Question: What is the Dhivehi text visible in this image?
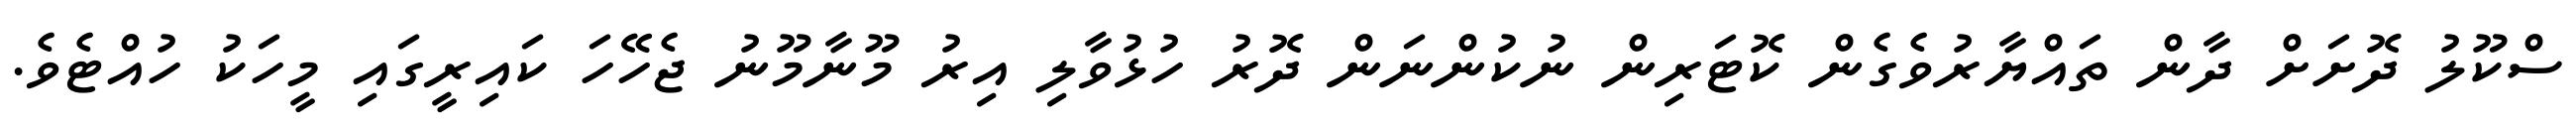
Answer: ސްކޫލު ދޮށަށް ދާން ތައްޔާރުވެގެން ކޮޓަރިން ނުކުންނަން ދޮރު ހުޅުވާލި އިރު މޫނާމޫނު ޖެހޭހަ ކައިރީގައި މީހަކު ހުއްޓެވެ.